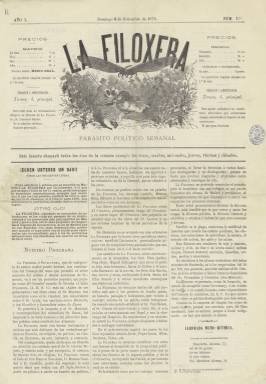
Título: La Filoxera (Madrid)
Colección: Revistas satíricas y humorísticas || Periódicos
Ámbito geográfico: Madrid
Lugar de publicación: Madrid
Fechas: 08/09/1878-30/07/1884

Este semanario tuvo dos épocas, de 1878 a 1881, y 1884, y forma parte de la pléyade de publicaciones satíricas que florecieron con la libertad de prensa propiciada por la Revolución  de 1868 y que continuó, aunque con altibajos, durante la Restauración borbónica tras la aprobación de la Constitución de 1876.

   De sólo cuatro páginas, con una ilustración cómica en la tercera, en su primera época no aparecía en la cabecera su responsable, pero sí un subtítulo que rezaba: parásito político semanal. Obviamente, como el título de la publicación, aludía al insecto que en la década de 1870 comenzó  a arruinar las vides españolas . Ya en la segunda época comenzó a figurar en portada como fundador y director Salvador María Granés (Moscatel),  comediógrafo madrileño que según podemos leer en la web www.cervantesvirtual.com  fue uno de los artífices de la Edad de Oro de la parodia teatral en España.

    En su primer número, de 8 de septiembre de 1878, la publicación exponía su propósito: Entre todos procuraremos destruir la filoxera social, más temible que la que corroe y mata las cepas; la filoxera política, la filoxera literaria y científica y artística e industrial que nos consume y devora. Terrible es la plaga, numerosa la multitud de insectos que invade las esferas políticas, las oficinas, las redacciones de periódicos, la escena, el estudio del artista, los cafés y las calles.

   Constaba de varias secciones, como una de Refranes en la que jugaba con éstos para darles un sentido actual de contenido político y tono mordaz. Así, por ejemplo: A falta de Cánovas, bueno es D. Antonio, en referencia al presidente del Consejo y líder del partido conservador Antonio Cánovas del Castillo; o Más vale fiscalía en mano que cartera de Gracia y Justicia volando o  El comer y conspirar todo es empezar.

  Otra de sus secciones, Anuncios, muy original, cerraba la publicación y constaba de mensaje comerciales inventados. Así podemos leer: Oposiciones de Mentirigillas. Desconfiar de la imitación; o este otro que alude al gran político y orador Emilio Castelar: ¡Música! ¡Música! Tanda de discursos de Castelar arreglados para piano por un posibilista. Más adelante comenzó a insertar anuncios de verdad pero redactados en tono cómico o en verso con el fin de que el público los leyera y dieran fruto al anunciante.

   En su número del 6 de febrero de 1881, La Filoxera publicó por orden del juzgado una sentencia en la que se condenaba por un delito de injurias y calumnias a Francisco Bueno y Collantes, anterior director de la publicación que ya no tenía nada que ver con la empresa editora. Al parecer forzadamente, un mes más tarde el semanario dejó de publicarse y no volvió a aparecer hasta tres años después, ya con la nueva Ley de Prensa más liberal de 1883, la llamada Ley Gullón.

   En esta segunda época, con el citado comediógrafo Moscatel como director, se dio más espacio a la caricatura política, que pasó a ocupar las dos páginas centrales, es decir la mitad de la publicación, que seguía teniendo cuatro páginas.

    En su primer número, de 24 de junio de 1884, dejaba claro su propósito: Venimos, pues, a combatir con el ridículo a los hombres joco-serios que han gobernado, gobiernan y gobernarán los destinos de esta vieja España…

    Sin embargo, esta segunda época fue efímera. La colección de la BNE termina con el número del 30 de julio de 1884, pero no parece que fuera mucho más allá.

[Descripción publicada el 5/6/2018]